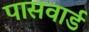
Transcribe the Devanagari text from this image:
पासवार्ड